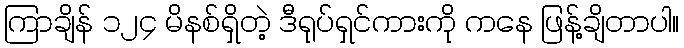
ကြာချိန် ၁၂၄ မိနစ်ရှိတဲ့ ဒီရုပ်ရှင်ကားကို ကနေ ဖြန့်ချိတာပါ။